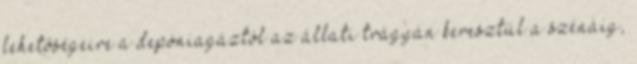
lehetőségeire a depóniagáztól az állati trágyán keresztül a szénáig,